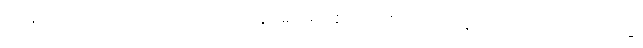
ထိုနတ်တို့သည်။ ဣတော၊ ဤလူပြည်မှ။ စုတာ၊ စုတေကုန်သည်ရှိသော်။ တတ္ထ၊